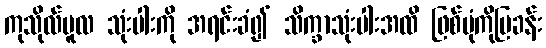
ကုသိုလ်မူလ သုံးပါးကို အရင်းခံ၍ သိက္ခာသုံးပါးအထိ ဖြစ်ပုံကိုပြခန်း